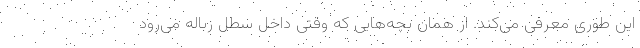
این طوری معرفی می‌کند. از همان بچه‌هایی که وقتی داخل سطل زباله می‌رود